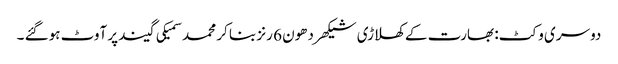
دوسری وکٹ: بھارت کے کھلاڑی شیکھر دھون 6 رنز بنا کر محمد سمیکی گیند پر آوٹ ہوگئے ۔